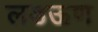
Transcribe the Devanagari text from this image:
लडऊण